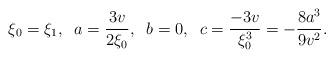
LaTeX: \begin{align*}\xi_{0}=\xi_{1},\;\; a=\frac{3v}{2\xi_{0}},\;\; b=0,\;\;c=\frac{-3v} {\xi^3_0}=-\frac{8a^{3}}{9v^{2}}.\end{align*}